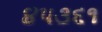
૪૫૩૬૧